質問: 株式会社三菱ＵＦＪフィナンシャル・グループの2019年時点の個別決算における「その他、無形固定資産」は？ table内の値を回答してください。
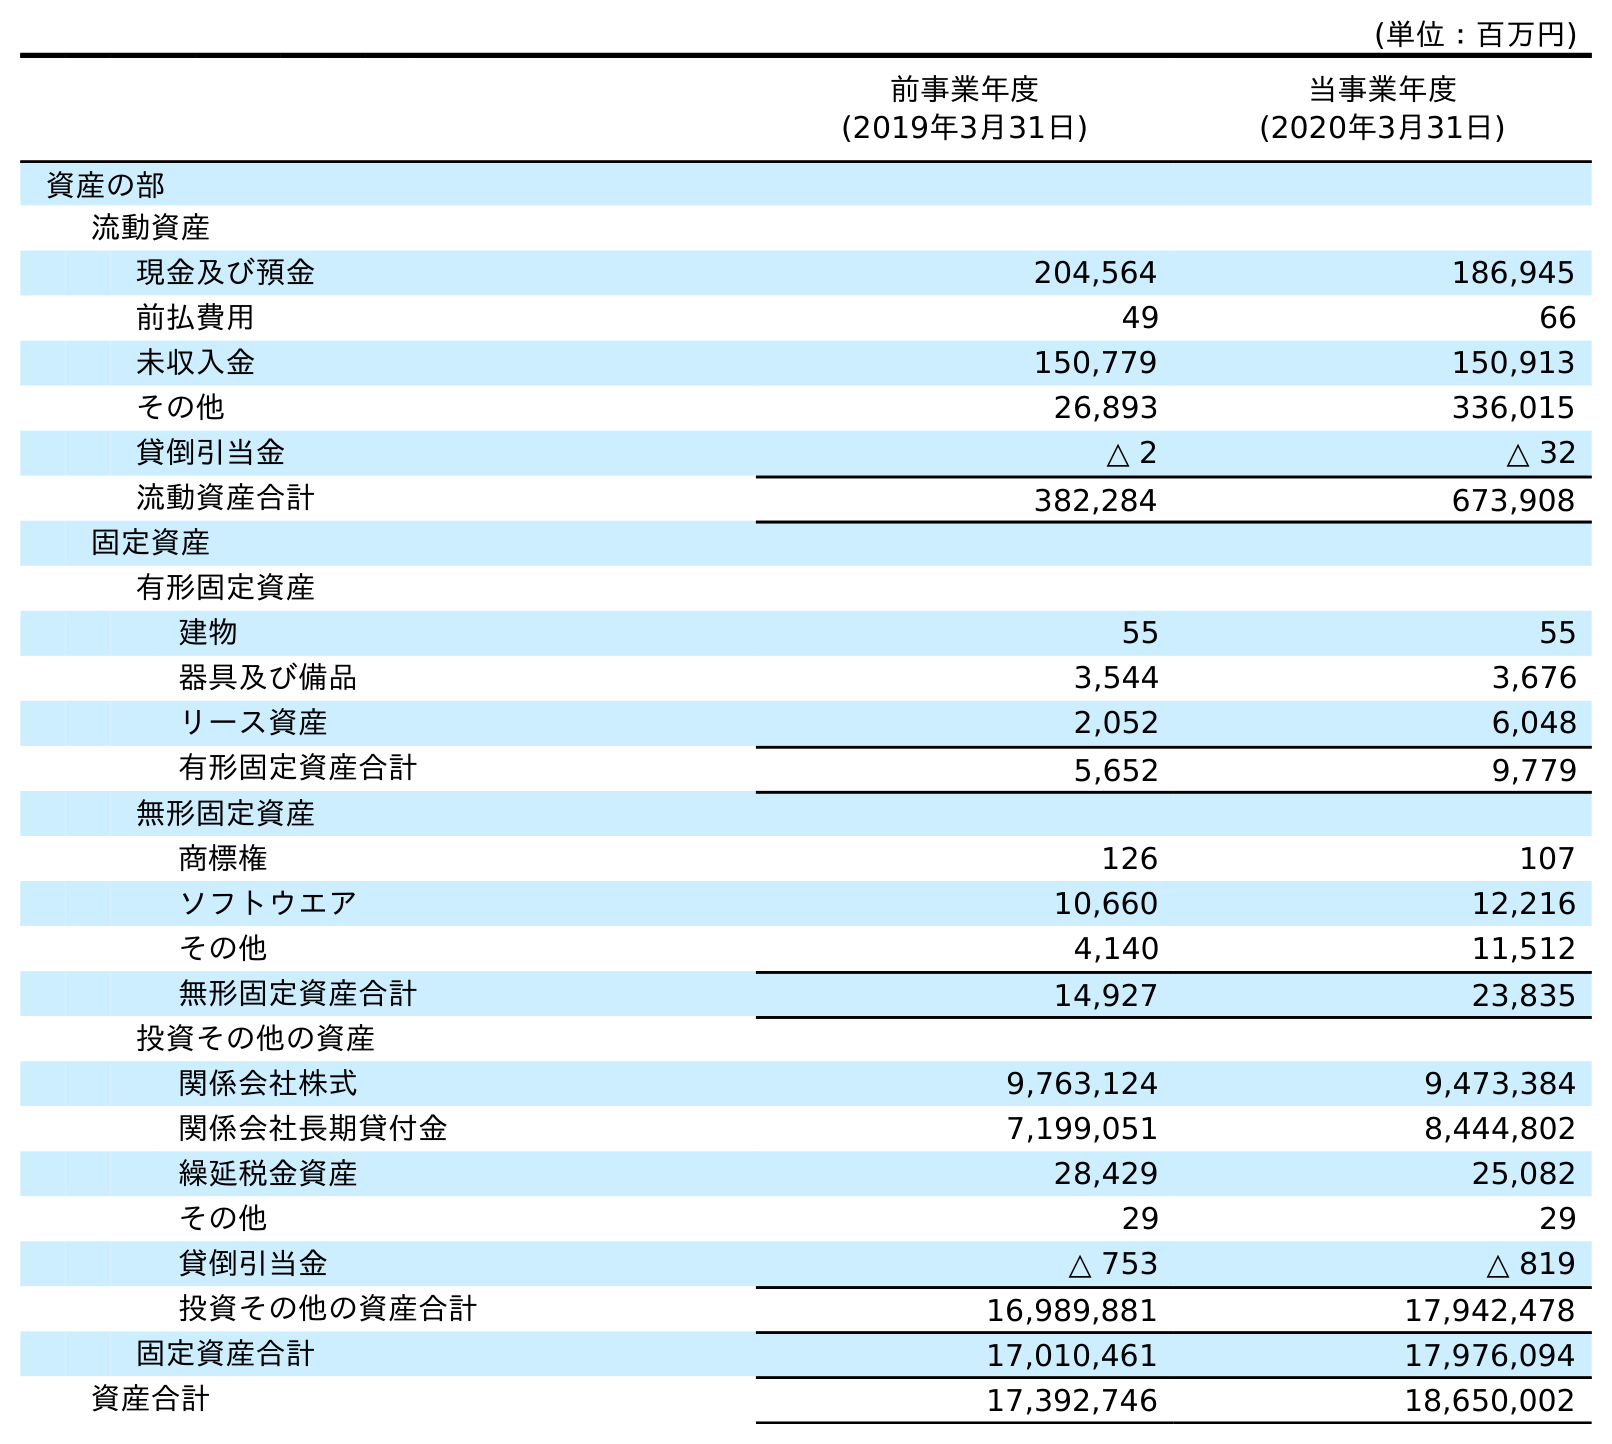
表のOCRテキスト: (単位：百万円) 前事業年度 (2019年3月31日) 当事業年度 (2020年3月31日) 資産の部 流動資産 現金及び預金 204,564 186,945 前払費用 49 66 未収入金 150,779 150,913 その他 26,893 336,015 貸倒引当金 △ 2 △ 32 流動資産合計 382,284 673,908 固定資産 有形固定資産 建物 55 55 器具及び備品 3,544 3,676 リース資産 2,052 6,048 有形固定資産合計 5,652 9,779 無形固定資産 商標権 126 107 ソフトウエア 10,660 12,216 その他 4,140 11,512 無形固定資産合計 14,927 23,835 投資その他の資産 関係会社株式 9,763,124 9,473,384 関係会社長期貸付金 7,199,051 8,444,802 繰延税金資産 28,429 25,082 その他 29 29 貸倒引当金 △ 753 △ 819 投資その他の資産合計 16,989,881 17,942,478 固定資産合計 17,010,461 17,976,094 資産合計 17,392,746 18,650,002
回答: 4,140